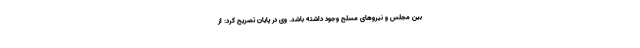
بین مجلس و نیروهای مسلح وجود داشته باشد. وی در پایان تصریح کرد: از